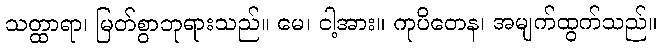
သတ္ထာရာ၊ မြတ်စွာဘုရားသည်။ မေ၊ ငါ့အား။ ကုပိတေန၊ အမျက်ထွက်သည်။